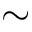
\sim